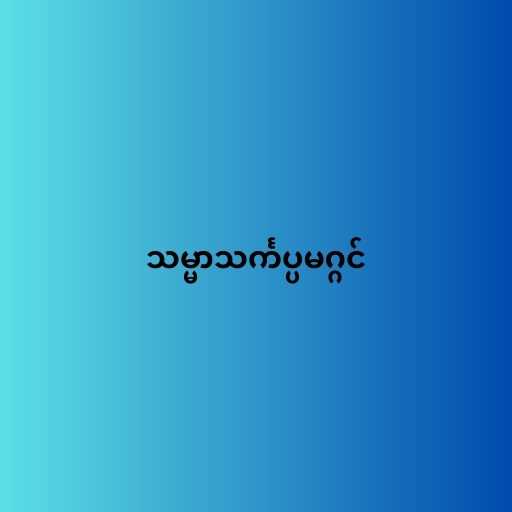
သမ္မာသင်္ကပ္ပမဂ္ဂင်